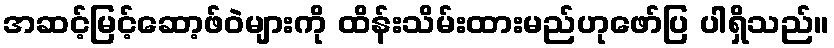
အဆင့်မြင့်ဆော့ဖ်ဝဲများကို ထိန်းသိမ်းထားမည်ဟုဖော်ပြ ပါရှိသည်။